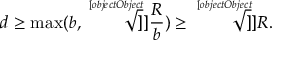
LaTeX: d \geq \operatorname * { m a x } ( b , \sqrt [ [object Object] ] ] { \frac { R } { b } } ) \geq \sqrt [ [object Object] ] ] { R } .